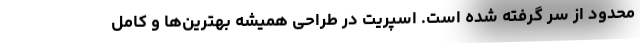
محدود از سر گرفته شده است. اسپریت در طراحی همیشه بهترین‌ها و کامل